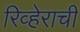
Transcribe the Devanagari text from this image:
रिव्हेराची